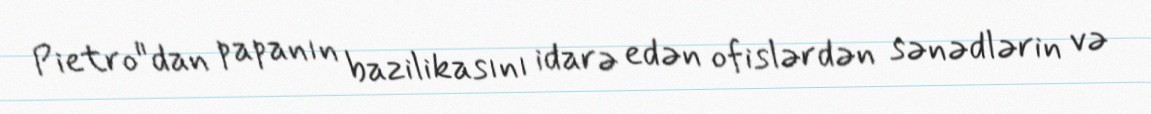
Pietro"dan papanın bazilikasını idarə edən ofislərdən sənədlərin və